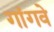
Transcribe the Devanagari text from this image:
गांगवे